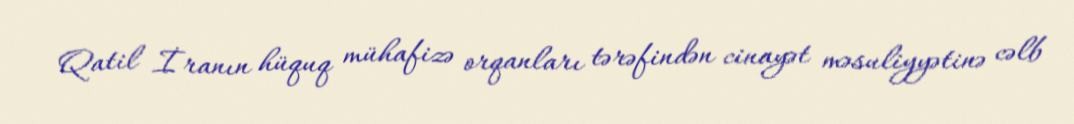
Qatil İranın hüquq mühafizə orqanları tərəfindən cinayət məsuliyyətinə cəlb